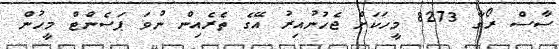
ސާސް ރޯގާ 8273 މީހަކަށް ޖެހުނުއިރު އޭގެ ތެރެއިން ނުވަ ޕަސެންޓް މީހުން